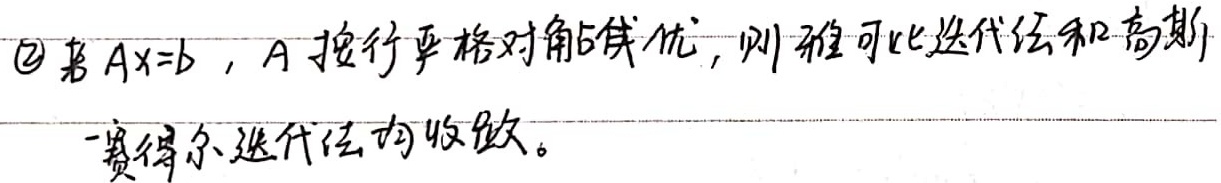
\textcircled{2} 若 $Ax = b$，$A$ 按行严格对角占优，则雅可比迭代法和高斯 - 赛得尔迭代法均收敛。